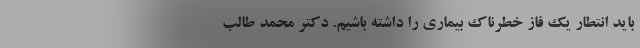
باید انتطار یک‌ فاز خطرناک بیماری را داشته باشیم. دکتر محمد طالب‌